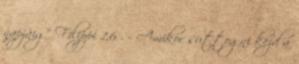
napjáig” Filippi 1,6 . - Amikor suttogni kezd a